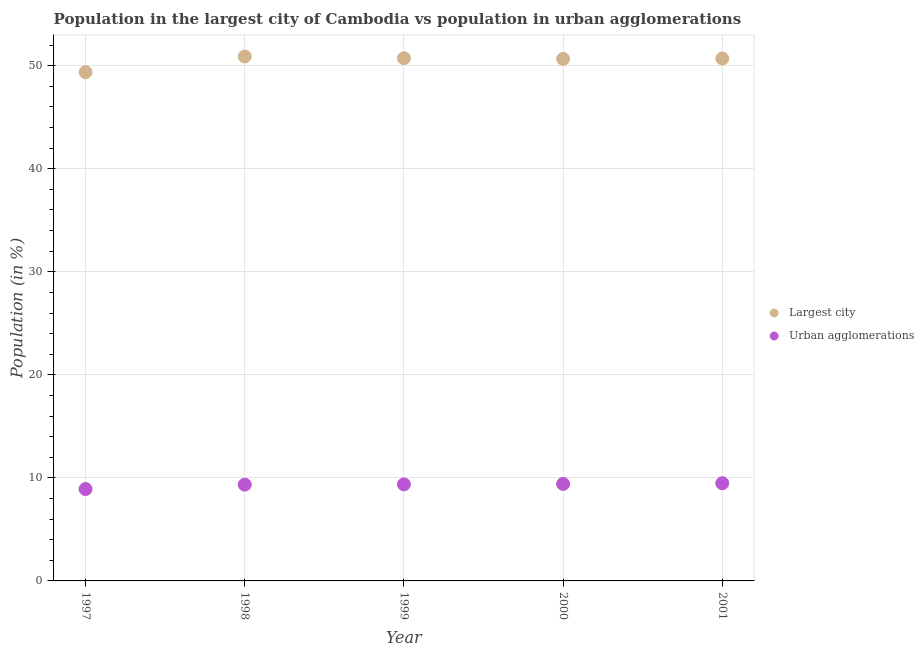
| Year | Largest city | Urban agglomerations |
 | --- | --- | --- |
 | 1997 | 49.4 | 8.92 |
 | 1998 | 50.9 | 9.34 |
 | 1999 | 50.7 | 9.37 |
 | 2000 | 50.7 | 9.42 |
 | 2001 | 50.7 | 9.48 |